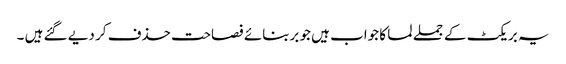
یہ بریکٹ کے جملے لما کا جواب ہیں جو بربنائے فصاحت حذف کر دیے گئے ہیں ۔